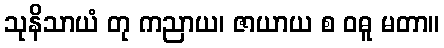
သုနိသာယံ တု ကညာယ၊ ဇာယာယ စ ဝဓူ မတာ။